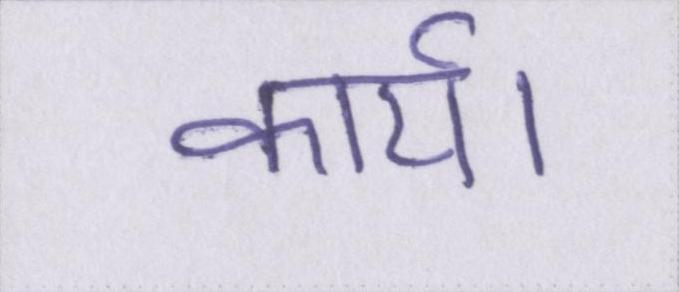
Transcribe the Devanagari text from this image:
कार्य।